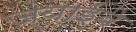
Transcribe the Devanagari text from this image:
ज्याईबे